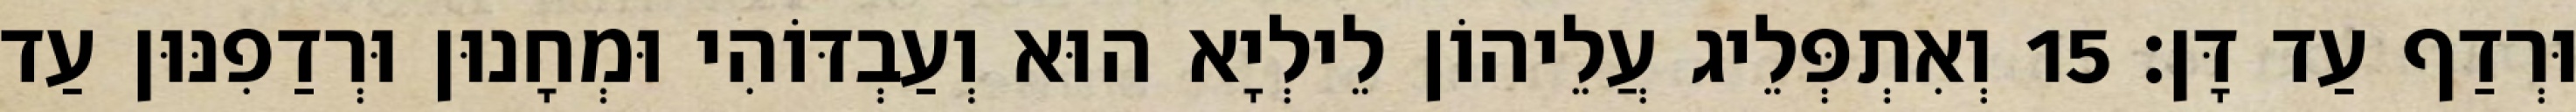
וּרְדַף עַד דָּן׃ 15 וְאִתְפְּלֵיג עֲלֵיהוֹן לֵילְיָא הוּא וְעַבְדּוֹהִי וּמְחָנוּן וּרְדַפִנּוּן עַד